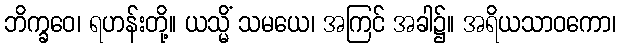
ဘိက္ခဝေ၊ ရဟန်းတို့။ ယသ္မိံ သမယေ၊ အကြင် အခါ၌။ အရိယသာဝကော၊